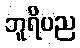
ဘူရိပည